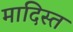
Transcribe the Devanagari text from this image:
मादिस्त